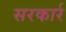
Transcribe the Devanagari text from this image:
सरकार्र